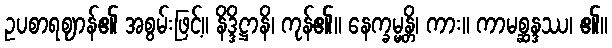
ဥပစာရဈာန်၏ အစွမ်းဖြင့်။ နိဒ္ဒိဋ္ဌာနိ၊ ကုန်၏။ နေက္ခမ္မန္တိ၊ ကား။ ကာမစ္ဆန္ဒဿ၊ ၏။